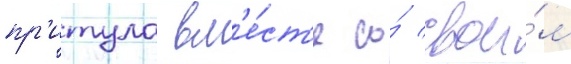
пр'итула вм'е́ст'е со́ свои́м